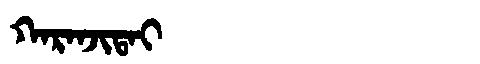
Manchu: ᡴᠠᡵᠠᠨᠵᡳᡨᠠᡳ
Romanization: KARANJITAI